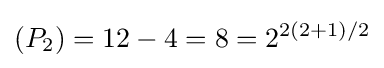
(P_{2})=12-4=8=2^{2(2+1)/2}